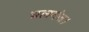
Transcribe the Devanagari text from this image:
चलगंज।